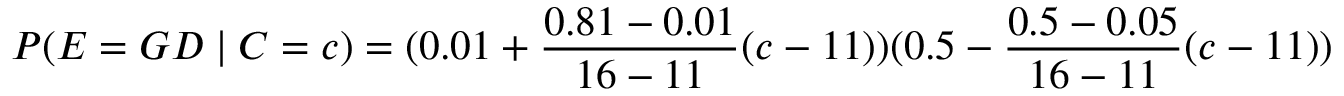
P ( E = G D \mid C = c ) = ( 0 . 0 1 + { \frac { 0 . 8 1 - 0 . 0 1 } { 1 6 - 1 1 } } ( c - 1 1 ) ) ( 0 . 5 - { \frac { 0 . 5 - 0 . 0 5 } { 1 6 - 1 1 } } ( c - 1 1 ) )